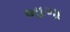
ભાગા